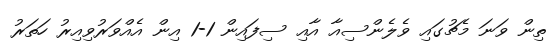
ތިން ވަނަ މެޗުގައި ވެލެންސިއާ އާއި ސިފައިން 1-1 އިން އެއްވަރުވިއިރު ހަތަރު